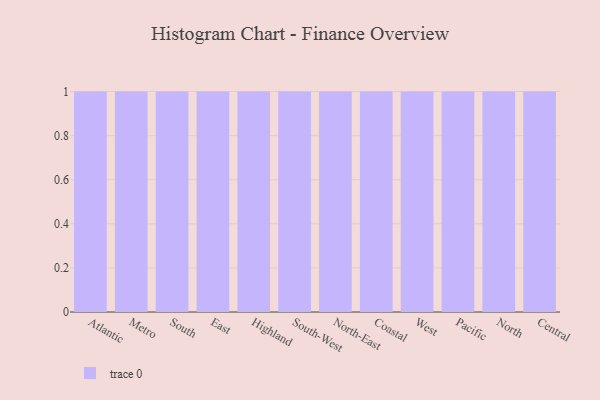
{"axis": {"x": "Region", "y": "Conversion Rate (%)"}, "legend": [""], "data": [{"x": "Atlantic", "y": 35, "type": ""}, {"x": "Metro", "y": 87, "type": ""}, {"x": "South", "y": 14, "type": ""}, {"x": "East", "y": 20, "type": ""}, {"x": "Highland", "y": 58, "type": ""}, {"x": "South-West", "y": 87, "type": ""}, {"x": "North-East", "y": 71, "type": ""}, {"x": "Coastal", "y": 85, "type": ""}, {"x": "West", "y": 87, "type": ""}, {"x": "Pacific", "y": 89, "type": ""}, {"x": "North", "y": 61, "type": ""}, {"x": "Central", "y": 94, "type": ""}]}